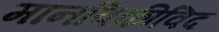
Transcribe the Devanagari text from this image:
मानविकीविद